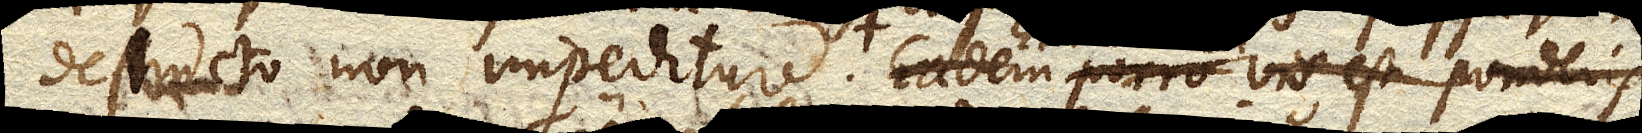
destructo non impeditur. Eadem porro vis est ponderis